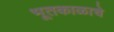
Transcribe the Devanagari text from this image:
भूतकाळाचे